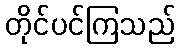
တိုင်ပင်ကြသည်